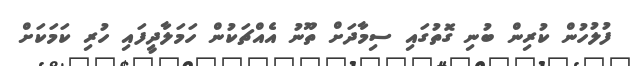
ފުލުހުން ކުރިން ބުނި ގޮތުގައި ސިމާދަށް ތޫނު އެއްޗަކުން ހަމަލާދީފައި ހުރި ކަމަކަށް